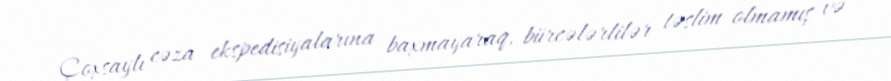
Çoxsaylı cəza ekspedisiyalarına baxmayaraq, bürcələrlilər təslim olmamış və